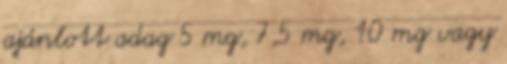
ajánlott adag 5 mg, 7,5 mg, 10 mg vagy